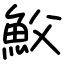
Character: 𩵹